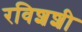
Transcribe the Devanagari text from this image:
रविशशी